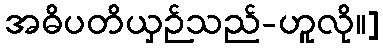
အဓိပတိယှဉ်သည်-ဟူလို။]